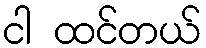
ငါ ထင်တယ်